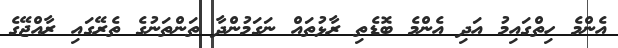
އެންމެ ހިތްގައިމު އަދި އެންމެ ބޮޑެތި ރާޅުތައް ނަގަމުންދާ ތަންތަނުގެ ތެރޭގައި ރާއްޖޭގެ